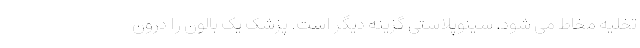
تخلیه مخاط می شود. سینوپلاستی گزینه دیگر است. پزشک یک بالون را درون